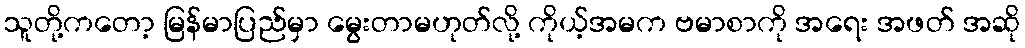
သူတို့ကတော့ မြန်မာပြည်မှာ မွေးတာမဟုတ်လို့ ကိုယ့်အမက ဗမာစာကို အရေး အဖတ် အဆို